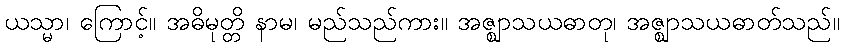
ယသ္မာ၊ ကြောင့်။ အဓိမုတ္တိ နာမ၊ မည်သည်ကား။ အဇ္ဈာသယဓာတု၊ အဇ္ဈာသယဓာတ်သည်။